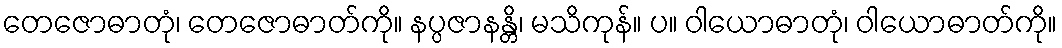
တေဇောဓာတုံ၊ တေဇောဓာတ်ကို။ နပ္ပဇာနန္တိ၊ မသိကုန်။ ပ။ ဝါယောဓာတုံ၊ ဝါယောဓာတ်ကို။